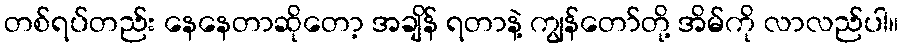
တစ်ရပ်တည်း နေနေတာဆိုတော့ အချိန် ရတာနဲ့ ကျွန်တော်တို့ အိမ်ကို လာလည်ပါ။